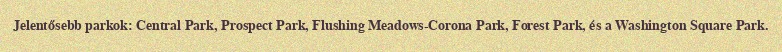
Jelentősebb parkok: Central Park, Prospect Park, Flushing Meadows-Corona Park, Forest Park, és a Washington Square Park.